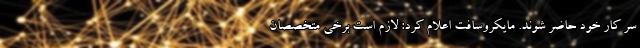
سر کار خود حاضر شوند. مایکروسافت اعلام کرد: لازم است برخی متخصصان